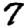
Digit: 7